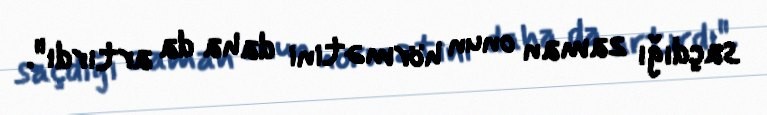
saçdığı zaman onun hörmətini daha da artırdı".